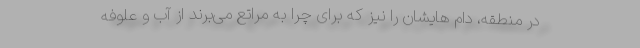
در منطقه، دام هایشان را نیز که برای چرا به مراتع می‌برند از آب و علوفه